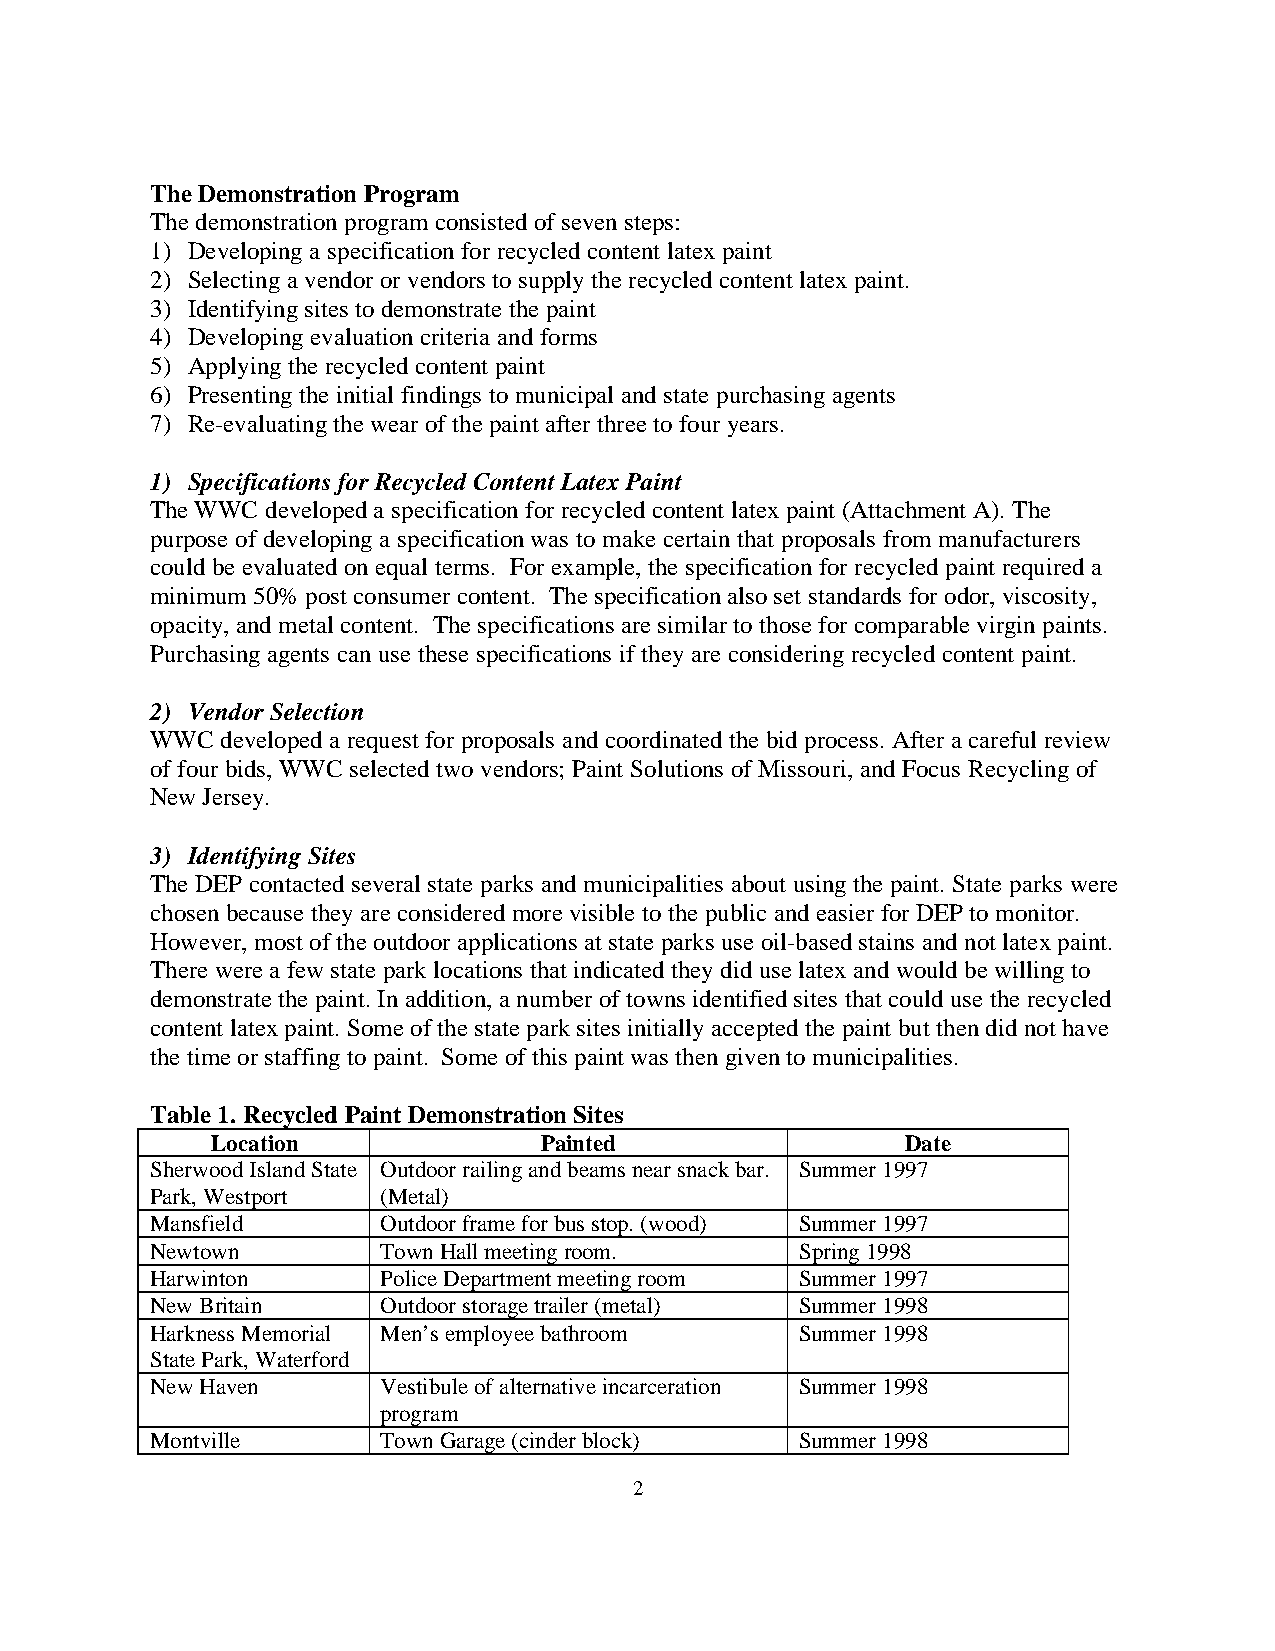
The Demonstration Program
 The demonstration program consisted of seven steps:
 1) Developing a specification for recycled content latex paint
 2) Selecting a vendor or vendors to supply the recycled content latex paint.
 3) Identifying sites to demonstrate the paint
 4) Developing evaluation criteria and forms
 5) Applying the recycled content paint
 6) Presenting the initial findings to municipal and state purchasing agents
 7) Re-evaluating the wear of the paint after three to four years.
 1) Specifications for Recycled Content Latex Paint
 The WWC developed a specification for recycled content latex paint (Attachment A). The
 purpose of developing a specification was to make certain that proposals from manufacturers
 could be evaluated on equal terms. For example, the specification for recycled paint required a
 minimum 50% post consumer content. The specification also set standards for odor, viscosity,
 opacity, and metal content. The specifications are similar to those for comparable virgin paints.
 Purchasing agents can use these specifications if they are considering recycled content paint.
 2) Vendor Selection
 WWC  developed a request for proposals and coordinated the bid process. After a careful review
 of four bids, WWC selected two vendors; Paint Solutions of Missouri, and Focus Recycling of
 New Jersey.
 3) Identifying Sites
 The DEP contacted several state parks and municipalities about using the paint. State parks were
 chosen because they are considered more visible to the public and easier for DEP to monitor.
 However, most of the outdoor applications at state parks use oil-based stains and not latex paint.
 There were a few state park locations that indicated they did use latex and would be willing to
 demonstrate the paint. In addition, a number of towns identified sites that could use the recycled
 content latex paint. Some of the state park sites initially accepted the paint but then did not have
 the time or staffing to paint. Some of this paint was then given to municipalities.
 Table 1. Recycled Paint Demonstration Sites
 Location              Painted                 Date
 Sherwood Island State Outdoor railing and beams near snack bar. Summer 1997
 Park, Westport (Metal)
 Mansfield      Outdoor frame for bus stop. (wood) Summer 1997
 Newtown        Town Hall meeting room.     Spring 1998
 Harwinton      Police Department meeting room Summer 1997
 New Britain    Outdoor storage trailer (metal) Summer 1998
 Harkness Memorial Men’s employee bathroom  Summer 1998
 State Park, Waterford
 New Haven      Vestibule of alternative incarceration Summer 1998
 program
 Montville      Town Garage (cinder block)  Summer 1998
 2